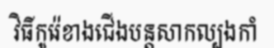
វិធីកូរ៉េខាងជើងបន្តសាកល្បងកាំ